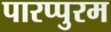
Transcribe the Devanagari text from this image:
पारप्पुरम